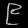
Digit: ၉